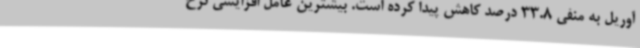
آوریل به منفی 33.8 درصد کاهش پیدا کرده است. بیشترین عامل افزایشی نرخ